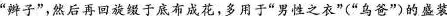
“辫子”,然后再回旋绿于底布成花，多用于“男性之衣”(“乌爸”)的盛装